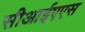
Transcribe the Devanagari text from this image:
सीआईएएस